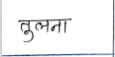
मजकूर: तुलना